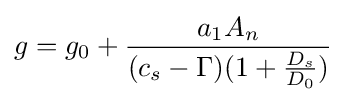
g=g_{0}+{\frac {a_{1}A_{n}}{(c_{s}-\Gamma )(1+{\frac {D_{s}}{D_{0}}})}}